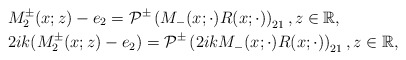
\begin{align*}&M^{\pm}_2(x ; z)-e_{2}=\mathcal{P}^{\pm}\left(M_{-}(x ; \cdot) R(x ; \cdot)\right)_{21} , z \in \mathbb{R},\\&2ik(M^{\pm}_2(x ; z)-e_{2})=\mathcal{P}^{\pm}\left(2ikM_-(x ; \cdot) R(x ; \cdot)\right)_{21} , z \in \mathbb{R},\end{align*}